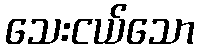
သေးငယ်သော